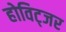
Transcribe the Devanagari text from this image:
होविट्जर